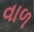
વાળ